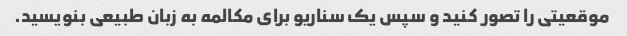
موقعیتی را تصور کنید و سپس یک سناریو برای مکالمه به زبان طبیعی بنویسید.